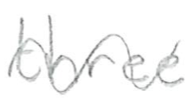
Text: three
Cross-out: wave
Writing tool: pencil